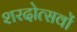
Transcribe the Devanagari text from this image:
शरदोत्सवों